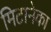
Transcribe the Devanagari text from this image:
मिटानेका